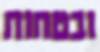
ובטחות